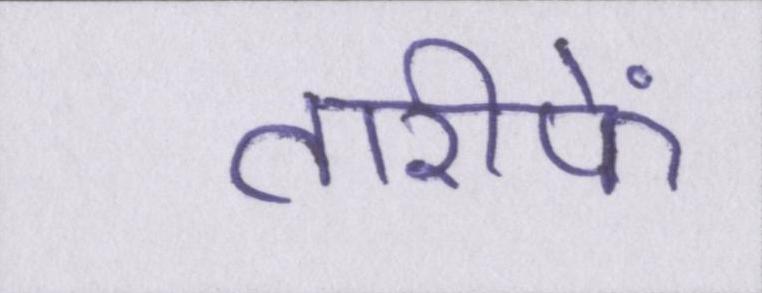
तारीफें